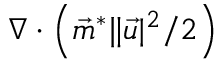
\nabla \cdot \left( \vec { m } ^ { * } \| \vec { u } | ^ { 2 } / { 2 } \right)